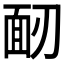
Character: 𩈄